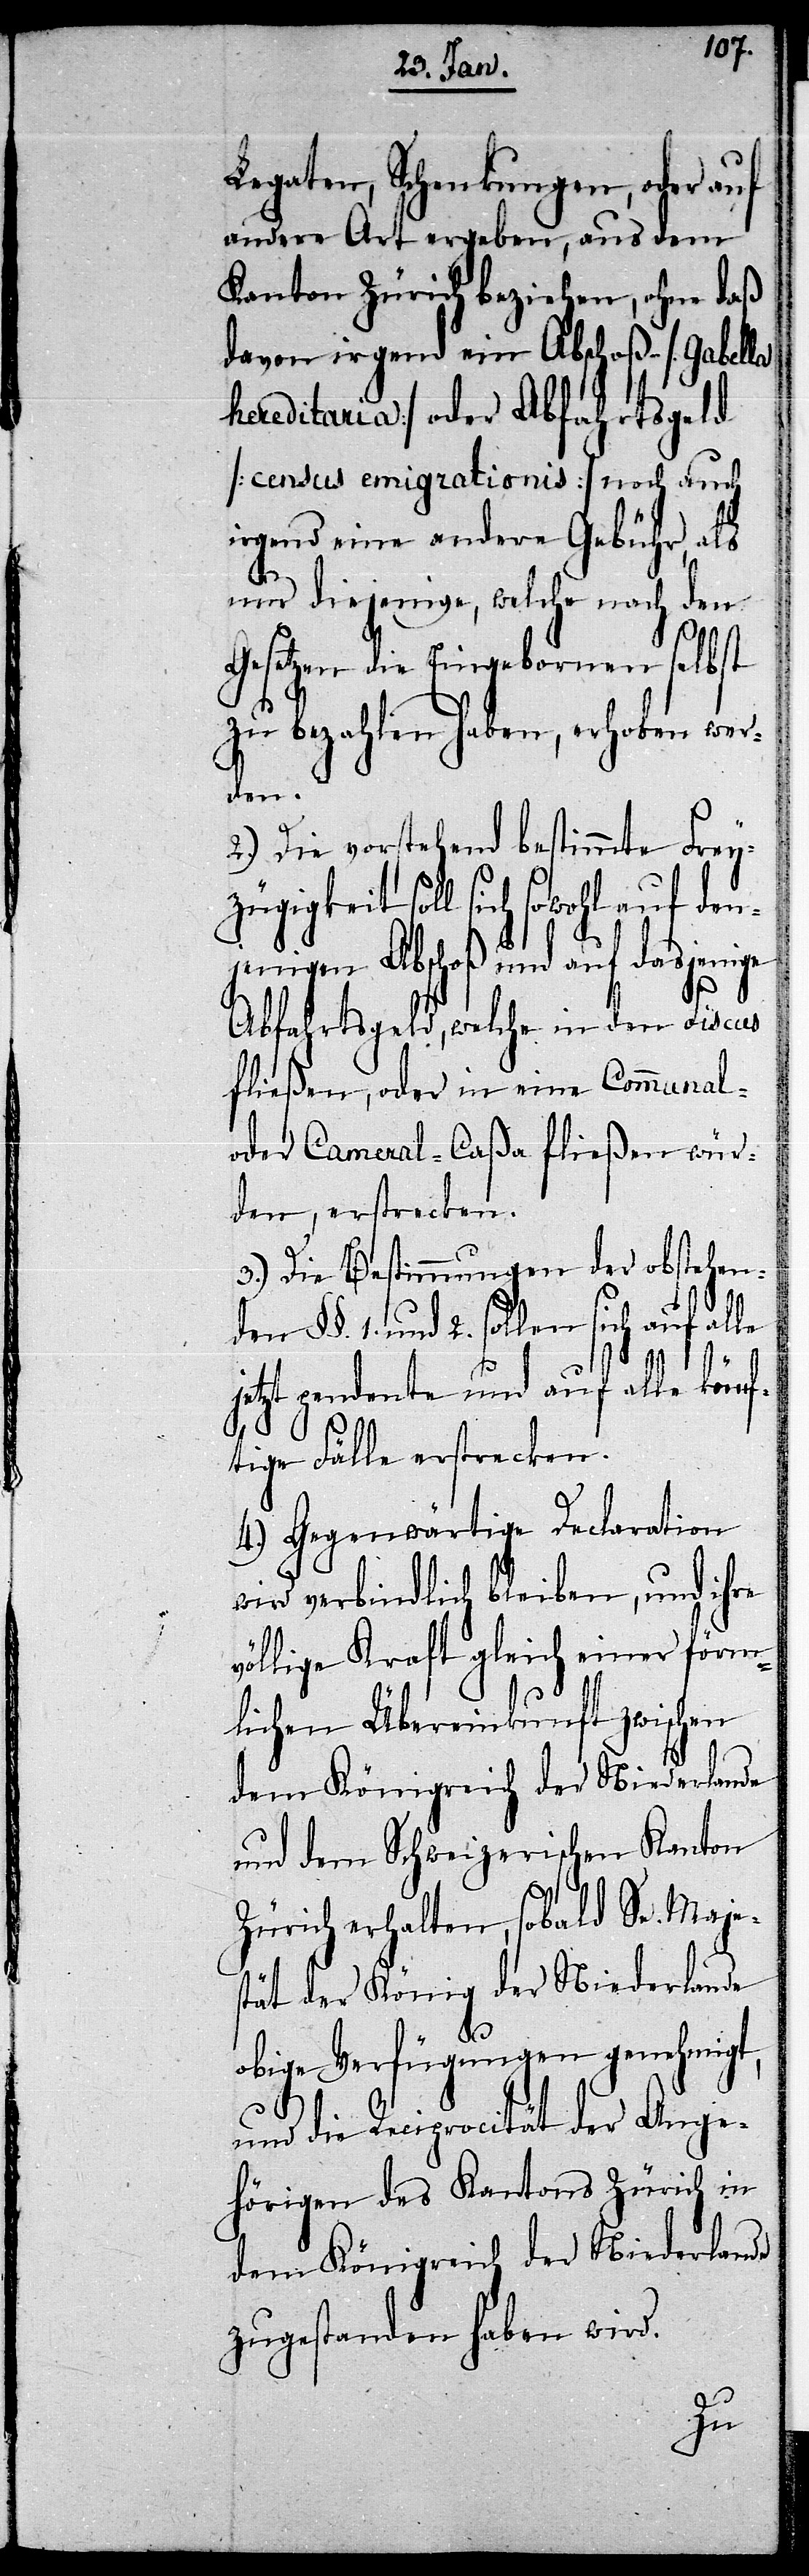
Legaten, Schenkungen, oder auf
andere Art ergeben, aus dem
Kanton Zürich beziehen, ohne daß
davon irgend ein Abschoß- [Gabella
hereditaria] oder Abfahrtsgeld
[census emigrationis] noch auch
irgend eine andere Gebühr, als
nur diejenige, welche nach den
Gesetzen die Eingebornen selbst
zu bezahlen haben, erhoben werd¬
en.
2.) Die vorstehend bestimmte Freyz¬
ügigkeit soll sich sowohl auf den¬
jenigen Abschoß und auf dasjenige
Abfahrtsgeld, welche in den Fiscus
fließen, oder in eine Communal-
oder Cameral-Caßa fließen wür¬
den, erstrecken.
3.) Die Bestimmungen der obstehenden
und 2. sollen sich auf alle
jetzt pendente und auf alle künf¬
tige Fälle erstrecken.
4.) Gegenwärtige Declaration
wird verbindlich bleiben, und ihre
öllige Kraft gleich einer förm¬
lichen Übereinkunft zwischen
dem Königreich der Niederlande
und dem Schweizerischen Kanton
Zürich erhalten, sobald Se. Majes¬
tät der König der Niederlande
obige Verfügungen genehmigt,
und die Reciprocität der Ange¬
hörigen des Kantons Zürich in
dem Königreich der Niederlande
zugestanden haben wird.
v¬